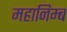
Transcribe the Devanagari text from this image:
महानिम्ब